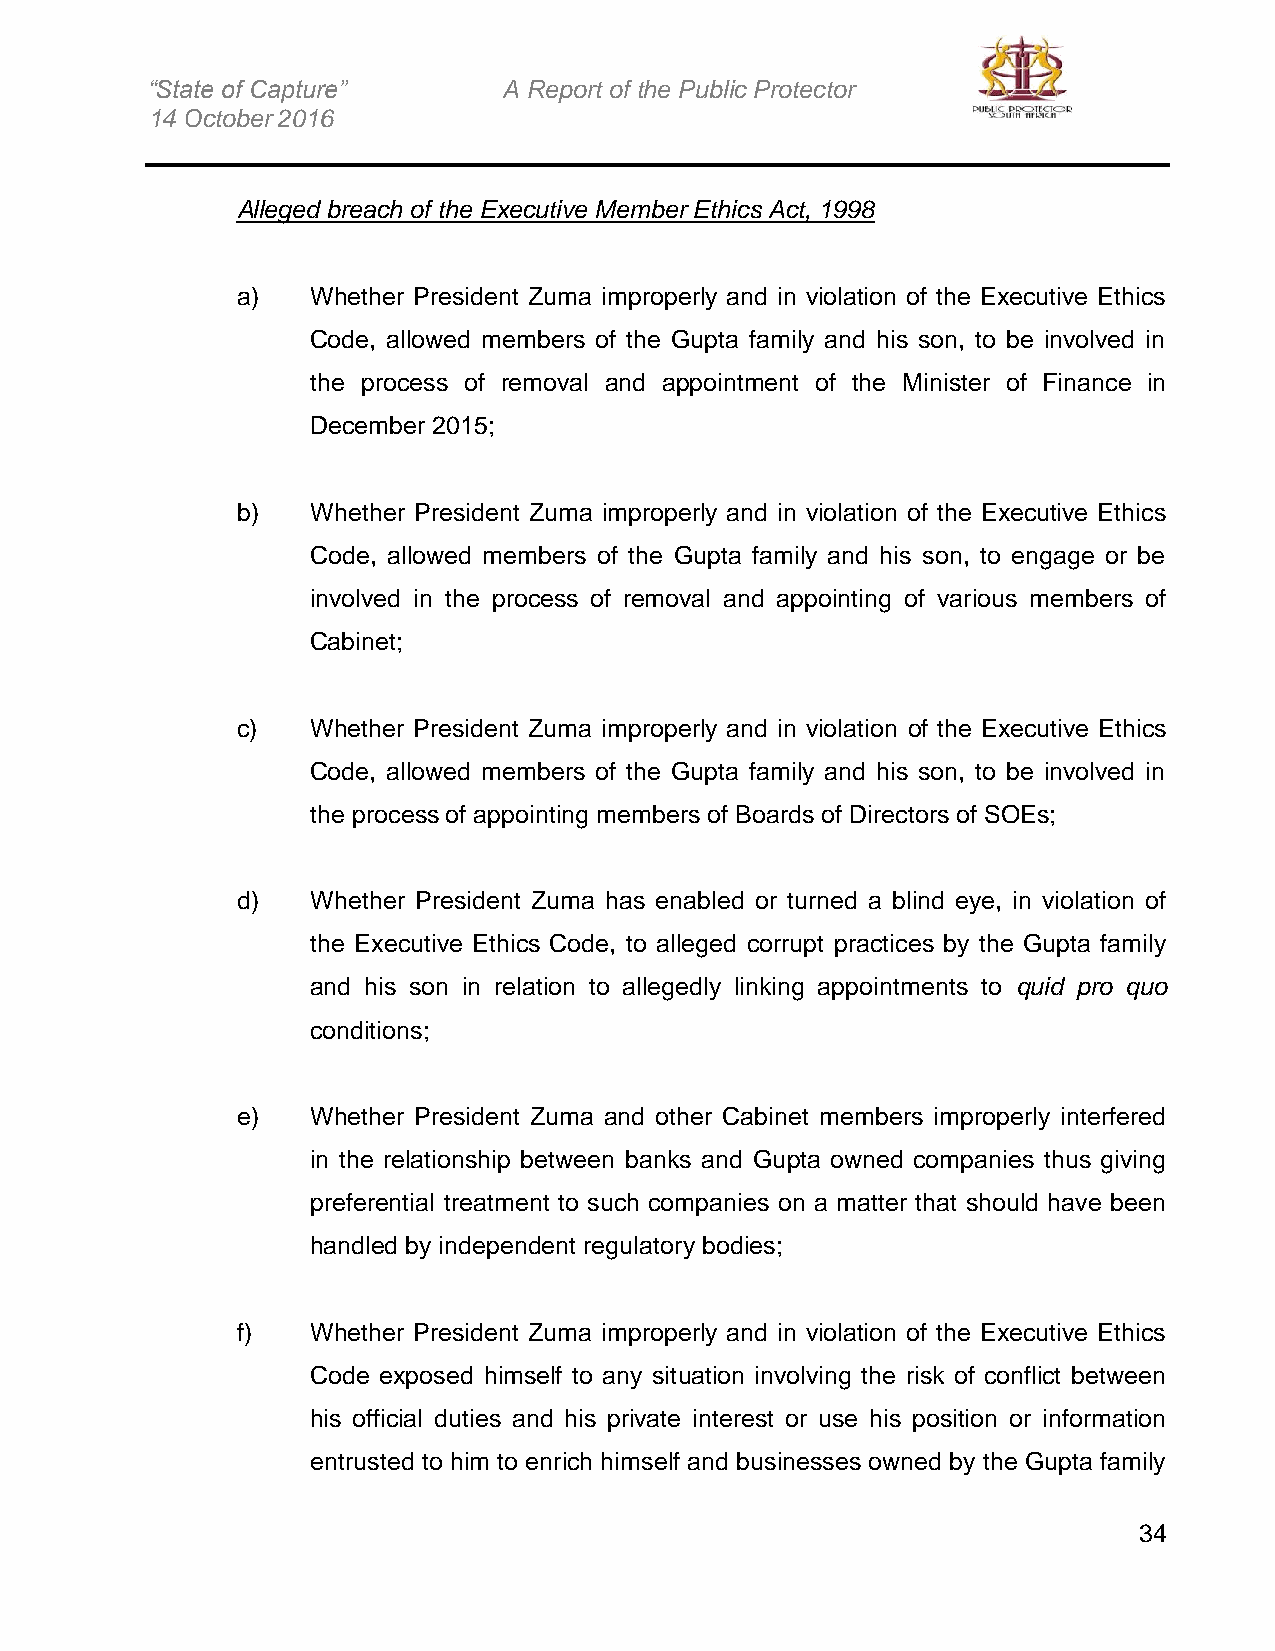
“State of Capture”     A Report of the Public Protector
 14 October 2016
 Alleged breach of the Executive Member Ethics Act, 1998
 a)   Whether President Zuma improperly and in violation of the Executive Ethics
 Code, allowed members of the Gupta family and his son, to be involved in
 the process of removal and appointment of the Minister of Finance in
 December 2015;
 b)   Whether President Zuma improperly and in violation of the Executive Ethics
 Code, allowed members of the Gupta family and his son, to engage or be
 involved in the process of removal and appointing of various members of
 Cabinet;
 c)   Whether President Zuma improperly and in violation of the Executive Ethics
 Code, allowed members of the Gupta family and his son, to be involved in
 the process of appointing members of Boards of Directors of SOEs;
 d)   Whether President Zuma has enabled or turned a blind eye, in violation of
 the Executive Ethics Code, to alleged corrupt practices by the Gupta family
 and his son in relation to allegedly linking appointments to quid pro quo
 conditions;
 e)   Whether President Zuma and other Cabinet members improperly interfered
 in the relationship between banks and Gupta owned companies thus giving
 preferential treatment to such companies on a matter that should have been
 handled by independent regulatory bodies;
 f)   Whether President Zuma improperly and in violation of the Executive Ethics
 Code exposed himself to any situation involving the risk of conflict between
 his official duties and his private interest or use his position or information
 entrusted to him to enrich himself and businesses owned by the Gupta family
 34